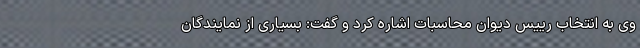
وی به انتخاب رییس دیوان محاسبات اشاره کرد و گفت: بسیاری از نمایندگان